Vital statistics of India. Vol. VI, European troops 1870-79
Year: 1870
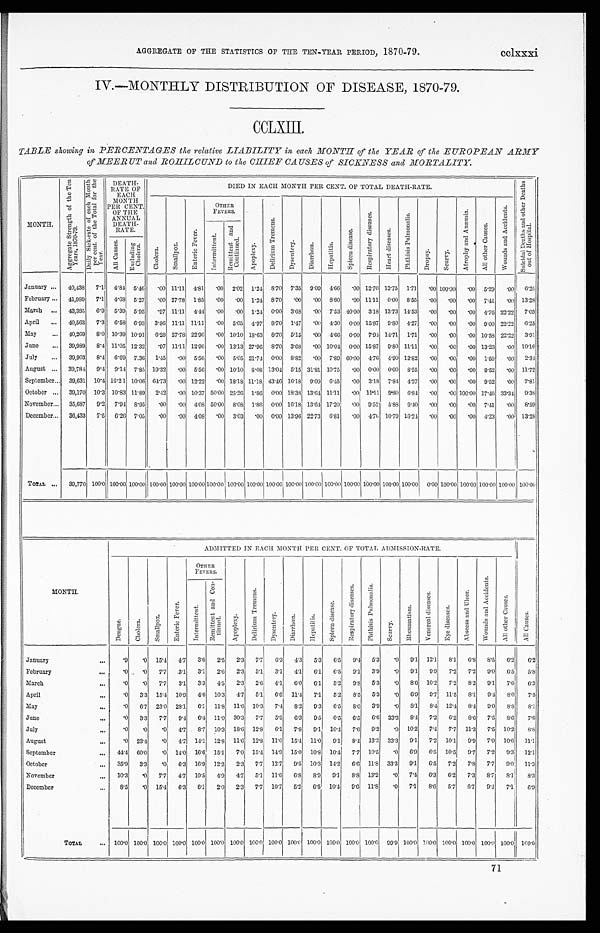
AGGREGATE OF THE STATISTICS OF THE TEN-YEAR PERIOD, 1870-79.
cclxxxi
IV.—MONTHLY DISTRIBUTION OF DISEASE, 1870-79.
CCLXIII.
TABLE showing in PERCENTAGES the relative LIABILITY in each MONTH of the YEAR of the EUROPEAN ARMY
of MEERUT and ROHILCUND to the CHIEF CAUSES of SICKNESS and MORTALITY.
MONTH.
A g g r e g a t e S t r e n g t h o f t h e T e n
Y e a r s , 1 8 7 0 - 7 9 . D a i l y S i c k - r a t e o f e a c h M o n t h
p e r c e n t . o f t h e T o t a l f o r t h e
Year .
DEATH-
RATE OF
EACH
MONTH
PER CENT.
OF THE
ANNUAL
DEATH- RATE.
DIED IN EACH MONTH PER CENT. OF TOTAL DEATH-RATE.
S u i c i d a l D e a t h s a n d o t h e r D e a t h s
o u t o f H o s p i t a l .
C h o l e r a .
S m a l l p o x
E n t e r i c F e v e r .
OTHER
FEVERS.
A p o p l e x y .
D e l i r i u m T r e m e n s .
D y s e n t c r y . D y s e n t e r y .
D i a r r h œ a .
S p l e e n d i s e a s e .
H e p a t i t i s .
R e s p i r a t o r y d i s e a s e s .
H e a r t d i s e a s e .
P h t h i s i s P u l m o n a l i s .
D r o p s y . S c u r v y .
A t r o p h y a n d A n æ m i a . A l l o t h e r C a u s e s .
F e v e r , I n t e r m i t t e n t .
F e v e r s , R e m i t t e n t a n d
C o n t i n u e d .
A l l C a u s e s .
E x c l u d i n g
C h o l e r a .
January ... 40,438 7.1 4.84 5.46 .00 11.11 4.81 .00 2.02 1..24 8.70 7.35 9.09 4.66 .00 12.70 12.75 1.71 .00 100.00
. 0 0 5. 29 .00 6.25
February ... 41,989
7 . 1 4.68 5.27 .00 27.78 1.85 .00 .00 1.24 8.70 .00 .00 8.60
. 0 0 11.11 0.00 8.55 .00 .00
. 0 0 7.41 .00 13.28
March .., 43,385 6.9 5.39 5.95 .97 11.11 4.44 .00 .00 1.24 0.00 3..6 8 .00 7.53 40.00 3.18 13.73 14.53
. 0 0 .00
. .0
0 4.76 22.22 7.03
April ... 40,563 7.3 6.58 6..9 3 3.86 11.11 11.11 .00 5.05 4.97
8 . 7 0 1.47 .00 4..30 0.00 15.87 9.80 4.27 .00 .00
. 0 0 0.00 22.22 6.25
May
... 40,269 8..0 10.39 10.91 6.28 27.78 22.96
. 0 0 10.10 18.63 8.70 5.15 .00 4.66 0.00 7. 94 14.71 1.71
. 0 0 .00
. 0 0 10.58 22.22 3.91
June ... 39,939 8.4 11.05 12.32
. . 9 7 11.11 12.96 .00 13.13 27.96 8.70 3.68 .00 10.04 0.00 15.87 9. 80 11.11 .00 .00
. 0 0 13.23 .00 10.16
July ... 39,903 8.4 6.69 7..36 1.45 .00 5.56 .00 5.05 21.74 0.00 8.82 .00 7.80 60.00 4.76 4.90 12.82 .00 .00
. 0 0 1.59
. 0 0 2.34
August ... 39,784 9.4 9.14 7.85 19.32 .00 5.56 .00 10.10 8..08 13..04 5.15 31.81 10.75
. 0 0 0.00 0..00 8.55 .00 .00
. 0 0 9.52 .00 11.72
September... 39,631 10.4 16.21 10.06 64.73 .00 12.22 .00 18.18 11.18 43.46 16.18 9.09 6.45 .00 3.18 7..84 4.27
. 0 0 .00
. 0 0 9.52 .00 7.81
October ... 39,170 10.3 10.83 11.89 2.12 .00 10.37 50.00 25.26
1 . 8 6 0.00 18.31 13.61 11.11 .00 11.11 9.80 6.84 .00 .00 100.00 17.46 33.34 9.'35
November... 35,637 9.2 7.94 8.95 .00 .00 408 50.00 8.08 1.86 0.00 16.18 13.61 17.20
. 0 0 9.52 5..83 9.40 .00 .00
. 0 0 7.41 .00 8.59
December... 36,433 7.5 6.26 7.05 .00 .00 408 .00 3.03 .00 0.00 13.96 22.73 6.81 .00 4.76 10.79 16.24 .00 .00
. 0 0 4..23 .00 13.28
Total ... 39,770 100.0 100.00 100.00 100.00 100.00 100.00 100.00 100.00 100.00 100.00 100.00 100.00 100.00 100.00 100.00 100.00 100.00 0.00 100.00 100.00 100.00 100.00 100.00
MONTH.
ADMITTED IN EACH MONTH PER CENT. OF TOTAL ADMISSION-RATE.
D e n g u e .
C h o l e r a .
S m a l l p o x .
E n t e r i c F e v e r .
OTHER
FEVERS.
A p o p l e x y .
D e l i r i u m T r e m e n s .
D y s e m t c r y .
Diarrhœa.
H e p a t i t i s .
S p l e e n d i s e a s e .
R e s p i r a t o r y d i s e a s e .
P h t h i s i s p u l m o n a l i s .
S c u r v y .
R h e u m a t i s m .
V e n e r e a l d i s e a s e s .
E y e d i s e a s e s .
A b s c e s s a n d U l c e r .
W o u n d s a n d A c c i d e n t s .
A l l o t h e r c a u s e s .
A l l C a u s e s .
I n t e r m i t t e n t .
R e m i t t e n t a n d C o n -t
i n u e d .
January
...
.9 .0 15.4 4.7 3.6 2.5 2.3 7.7 6.3 4.3 5.3 6.5 9.4 5.3 .0
9 . 1 12.1 8.1 6.8 8.5
6 . 2
6 . 2
February
...
.0 .0 7.7 .3.1 3.1 2.6 2.3 5.1 3.1 4.1 6.1 6.5 9.1 3.9 .0 9.1 9.9 7.2 7.2 9.0
6 . 5 5.8
March
...
.0 .0 7.7 3.1 3.3 4.5 2.3 2.6 4.1 6.0 6.1 5.2 9.8 5.3 .0 8.6 10.2 7.2 8.2 9.1 7.6 6.3
April
...
.0 3.3 15.4 10.9 4.6 10.3 4.7 5.1 6.6 11.4 7.1 5.2 8.5 5.3 .0 6.9 9.7 11.5 8.1 9.4 8.. 0
7 . 5
May
...
.0 6.7 23.0 28.1 6.1
1 1 . 8 11.6 10.3 7.4 8.2 9.3 6.5 8.0 3.9 .0
8 . 1 8.4 12.4
8 . 4 9.0 8.8 8.1
June
...
.0 3.3 7.7 9.4
6 . 4 11.0 30.3 7.7 5.5 6.3 9.5 6.5 6.5 6.6 33.3
8 . 4 7.2 6.2
8 . 6 7.5
8 . 6
7 . 6
July
...
.0 .0 .0 4.7 8.7 10.3 18.6 12.8 6.1 7.8 9.1 10' .4 7.6 9.2 .0 10.2 7.4 7.7 11.3
7 . 0 10.2 8.8
August
. . . .0 23.4 .0 4.7 14.1 12.8 11..6 12.8 11.0 15.0 11.0 9.1
8 . 4 13.2 33.3 9.1 7.2 10.1 9.9 7.0 10.6 11.1
September
. . . 44.4 60.0 .0 14.0 16.6 15.1 7.0 15.4
1 2 . 9 15.0 10.8 10.4 7.7 10.5 .0 6.9 6.5 10.5 9.7 7.2 9.3 12.1
October
... 35.9 3.3 .0 6.3 16.9 12.2 2.3 7.7 12.7 9.5 10.3
1 4 . 2 6.6 11.8 33.3 9.1 6..5 7.2 7.8 7.' 7 9.0 11.1
November
... 10.3 .0 7.7 4.7 10.5 4.9 4.7 5.1 11.6 6..8 8.9 9.1 8.8 13.2 .0 7.4 6.3 6.2 7.3 8.7 8.1 8.3
December
... 8.5 .0 15.4 6.3 6.1 2.0 2.3 7.7 10.7 5.2 6.5 10.4 9.6 11.8 .0 7.1 8.6 5..7 6.7 9.4 7.1
6 . 9
TOTAL
. . . 100.0 100.0 100.0 100.0 100.. 0 100.0 100.0 100.0 100..0 100.0 100..0 100.0 100.0 100.0 99.9 100.0 100.0 100.. 0 100.0 100.0 100.0 100.0
71